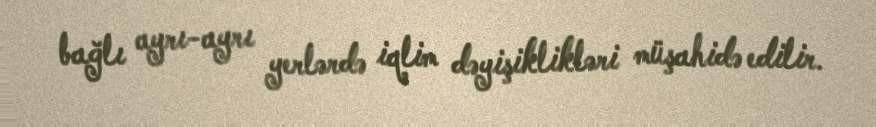
bağlı ayrı-ayrı yerlərdə iqlim dəyişiklikləri müşahidə edilir.